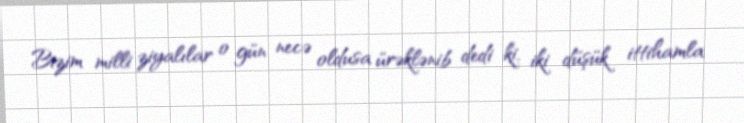
Bizim milli ziyalılar o gün necə oldusa ürəklənib dedi ki, iki düşük ittihamla